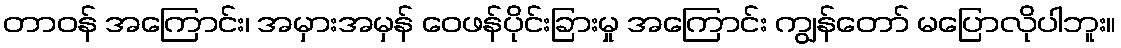
တာဝန် အကြောင်း၊ အမှားအမှန် ဝေဖန်ပိုင်းခြားမှု အကြောင်း ကျွန်တော် မပြောလိုပါဘူး။